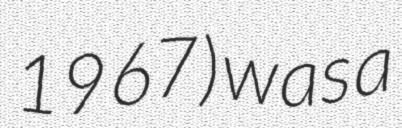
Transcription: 1967) was a